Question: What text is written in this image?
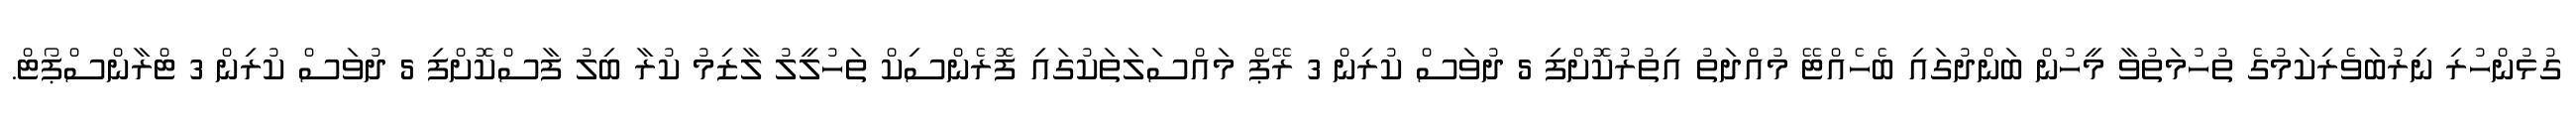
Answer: ގުޅުންހުރި ނިރުބަވެރިކަމުގެ ތުހުމަތުވާ މީހުން ބަންދުގައި ބެހެއްޓޭ މުއްދަތު އިތުރުކޮށްފި 5 ދުވަސް ކުރިން 3 ރޭޕް މައްސަލަތަކުގައި ފޮރެންސިކް ތަހުލީލު ލާޒިމު ކުރާ ބިލު ފާސްކޮށްފި 5 ދުވަސް ކުރިން 3 ޓްރާންސްޕޯޓް.